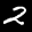
Label: 2